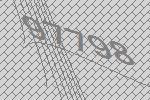
97798